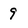
Character: 9